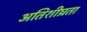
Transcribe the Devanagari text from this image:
अतिशीघ्रता